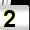
Digit: 2